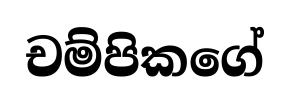
චම්පිකගේ